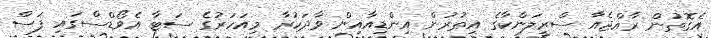
އެގޮތުން ރާއްޖެއާ ސްރީލަންކާގެ އިތުރުން އިންޑިއާއިން ވާދަކުރާ މިއަހަރުގެ ސަޓާ އެވޯޑްސްގައި ފަސް